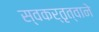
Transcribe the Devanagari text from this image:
स्वकर्तृत्वाने